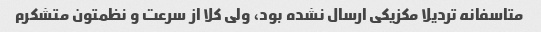
متاسفانه تردیلا مکزیکی ارسال نشده بود، ولی کلا از سرعت و نظمتون متشکرم